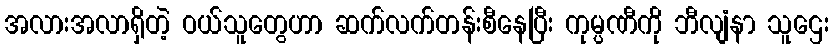
အလားအလာရှိတဲ့ ဝယ်သူတွေဟာ ဆက်လက်တန်းစီနေပြီး ကုမ္ပဏီကို ဘီလျံနာ သူဌေး